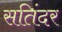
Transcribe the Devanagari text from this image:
सतिंदर